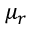
\mu _ { r }